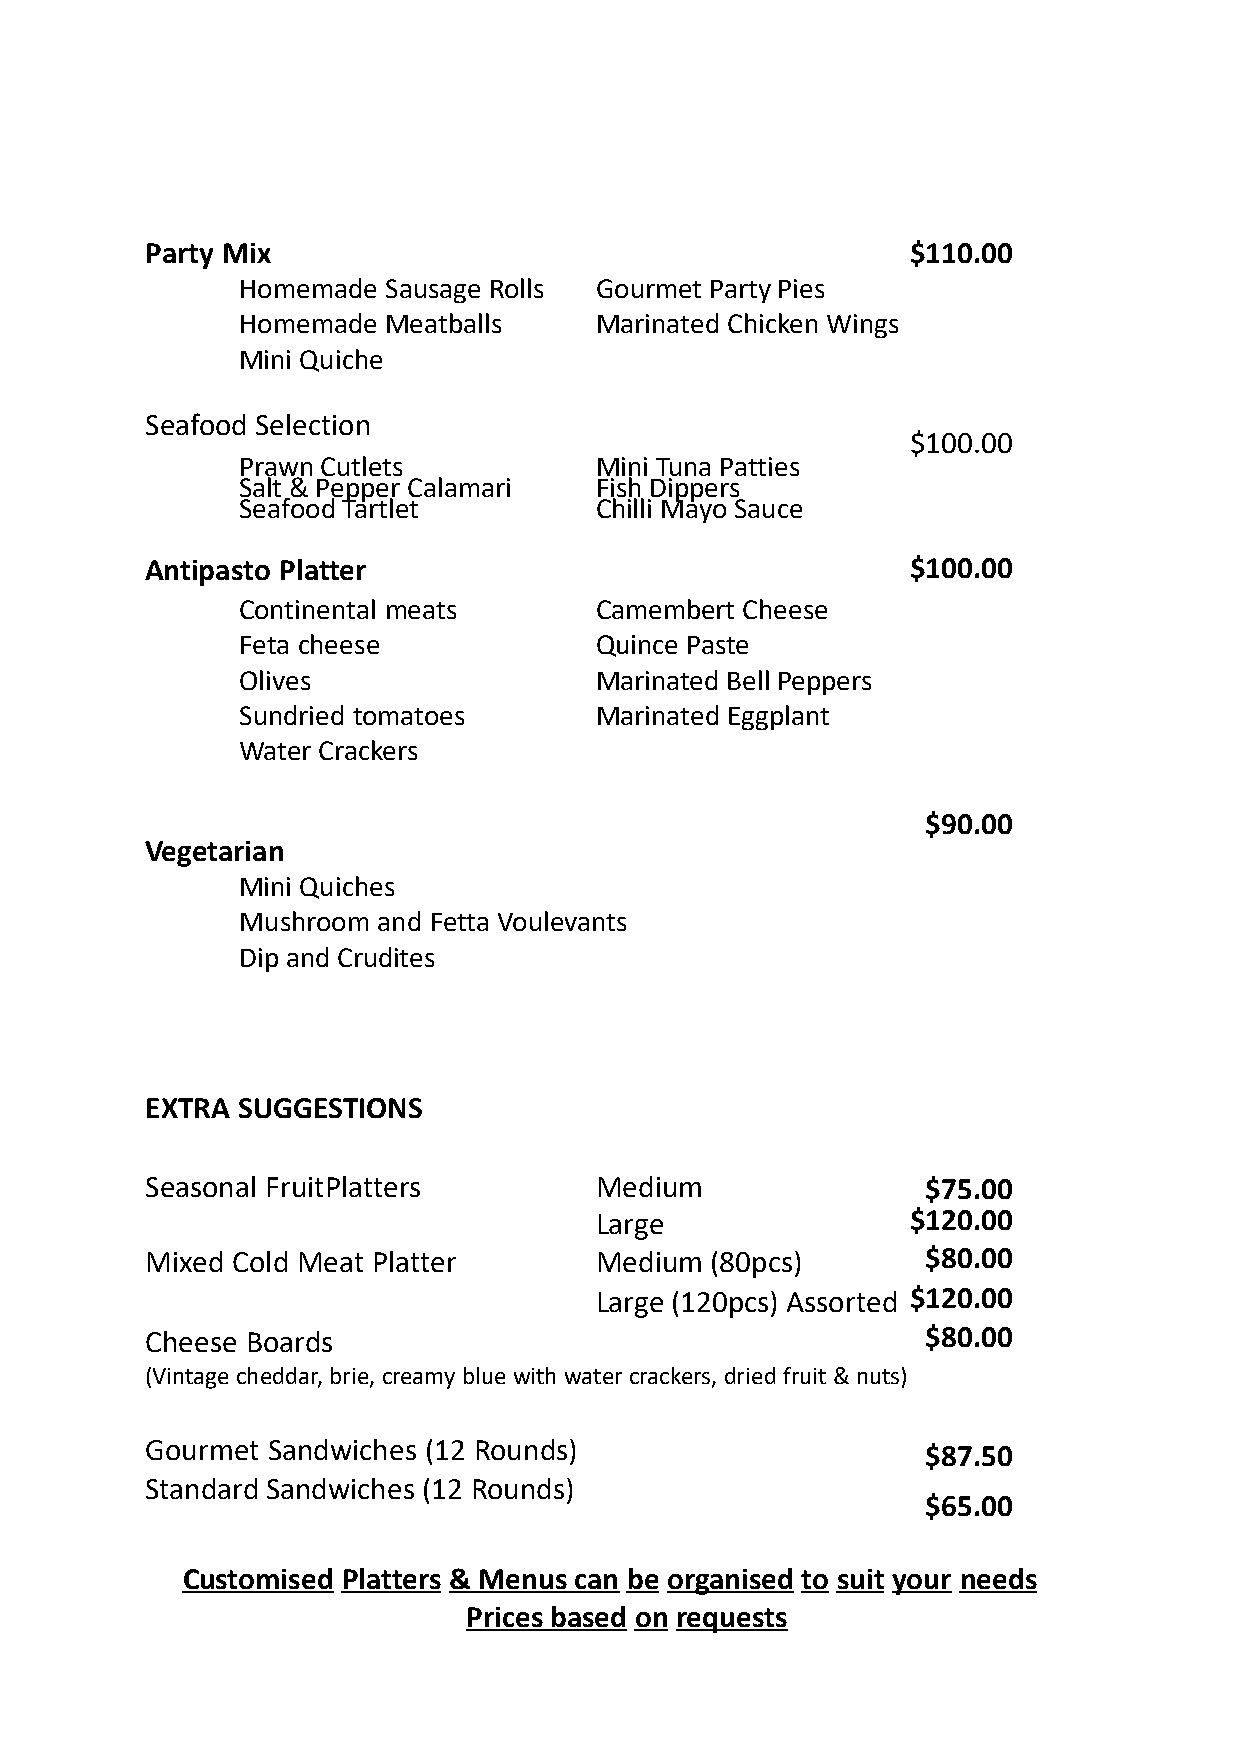
Party Mix                                         $110.00
 Homemade Sausage Rolls Gourmet Party Pies
 Homemade Meatballs     Marinated Chicken Wings
 Mini Quiche
 Seafood Selection
 $100.00
 Prawn Cutlets          Mini Tuna Patties
 Salt & Pepper Calamari Fish Dippers
 Seafood Tartlet        Chilli Mayo Sauce
 Antipasto Platter                                 $100.00
 Continental meats      Camembert Cheese
 Feta cheese            Quince Paste
 Olives                 Marinated Bell Peppers
 Sundried tomatoes      Marinated Eggplant
 Water Crackers
 $90.00
 Vegetarian
 Mini Quiches
 Mushroom and Fetta Voulevants
 Dip and Crudites
 EXTRA SUGGESTIONS
 Seasonal FruitPlatters       Medium                $75.00
 Large                $120.00
 Mixed Cold Meat Platter      Medium  (80pcs)       $80.00
 Large (120pcs) Assorted $120.00
 Cheese Boards                                      $80.00
 (Vintage cheddar,brie, creamyblue with water crackers,driedfruit &nuts)
 Gourmet Sandwiches (12 Rounds)                     $87.50
 Standard Sandwiches (12 Rounds)
 $65.00
 Customised Platters & Menus can be organised to suit your needs
 Prices based on requests